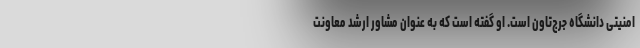
امنیتی دانشگاه جرج‌تاون است. او گفته است که به عنوان مشاور ارشد معاونت